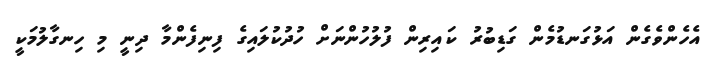
އެހެންވެގެން އަޅުގަނޑުމެން ގަޑިބުރު ކައިރިން ފުލުހުންނަށް ހުދުކުލައިގެ ފިނިފެންމާ ދިނީ މި ހިނގާލުމަކީ